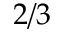
2 / 3